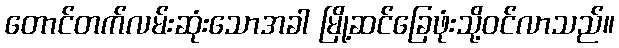
တောင်တက်လမ်းဆုံးသောအခါ မြို့ဆင်ခြေဖုံးသို့ဝင်လာသည်။